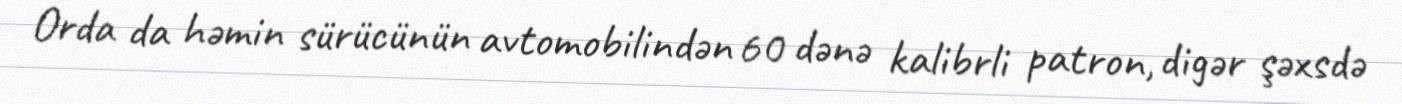
Orda da həmin sürücünün avtomobilindən 60 dənə kalibrli patron, digər şəxsdə